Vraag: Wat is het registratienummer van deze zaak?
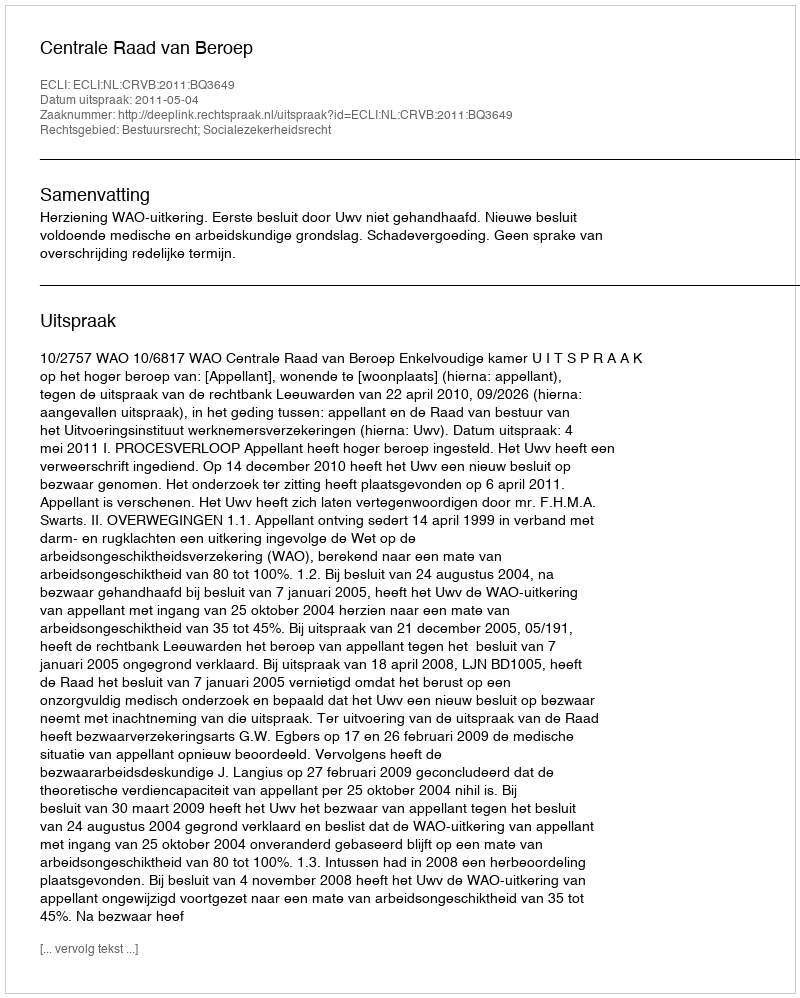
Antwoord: http://deeplink.rechtspraak.nl/uitspraak?id=ECLI:NL:CRVB:2011:BQ3649